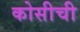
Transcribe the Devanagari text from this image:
कोसीची